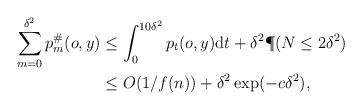
LaTeX: \begin{align*}\sum_{m=0}^{\delta^2} p^\#_m(o, y)& \le \int_0^{10 \delta^2} p_t(o, y) \mathrm{d}t + \delta^2 \P( N\le 2\delta^2) \\& \le O( 1/ f(n))+ \delta^2 \exp ( - c \delta^2),\end{align*}